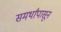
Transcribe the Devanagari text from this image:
समर्थांपासून